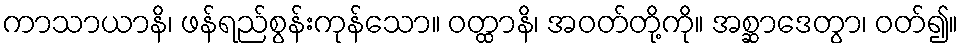
ကာသာယာနိ၊ ဖန်ရည်စွန်းကုန်သော။ ဝတ္ထာနိ၊ အဝတ်တို့ကို။ အစ္ဆာဒေတွာ၊ ဝတ်၍။